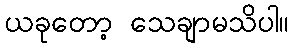
ယခုတော့ သေချာမသိပါ။